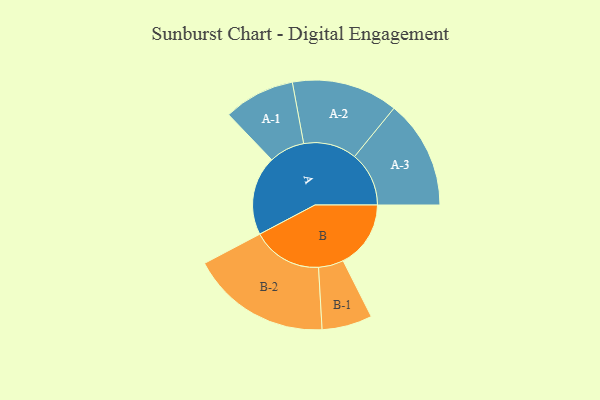
{"axis": {"x": "Segment", "y": "Value"}, "legend": ["", "A", "B"], "data": [{"x": "A", "y": 334, "type": ""}, {"x": "B", "y": 285, "type": ""}, {"x": "A-1", "y": 150, "type": "A"}, {"x": "A-2", "y": 224, "type": "A"}, {"x": "A-3", "y": 229, "type": "A"}, {"x": "B-1", "y": 106, "type": "B"}, {"x": "B-2", "y": 295, "type": "B"}]}